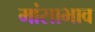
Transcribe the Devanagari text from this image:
मांसाभाव